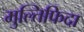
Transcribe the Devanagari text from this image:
मुल्तिफिदा